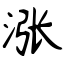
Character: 涨